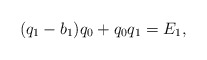
\begin{align*} (q_1-b_1)q_0+q_0q_1=E_1, \end{align*}